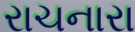
રાચનારા